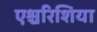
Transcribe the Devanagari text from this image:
एश्चरिशिया